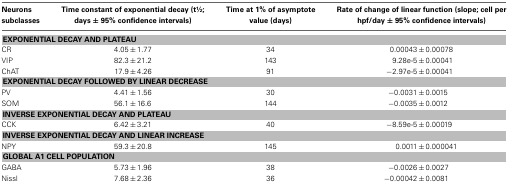
| Neurons subclasses | Time constant of exponential decay (t1⁄2; days ± 95% confidence intervals) | Time at 1% of asymptote value (days) | Rate of change of linear function (slope; cell per hpf/day ± 95% confidence intervals) |
 | --- | --- | --- | --- |
 | <COLSPAN=4> EXPONENTIAL DECAY AND PLATEAU |
 | CR | 4.05 ± 1.77 | 34 | 0.00043 ± 0.00078 |
 | VIP | 82.3 ± 21.2 | 143 | 9.28e-5 ± 0.00041 |
 | ChAT | 17.9 ± 4.26 | 91 | −2.97e-5 ± 0.00041 |
 | <COLSPAN=4> EXPONENTIAL DECAY FOLLOWED BY LINEAR DECREASE |
 | PV | 4.41 ± 1.56 | 30 | −0.0031 ± 0.0015 |
 | SOM | 56.1 ± 16.6 | 144 | −0.0035 ± 0.0012 |
 | <COLSPAN=4> INVERSE EXPONENTIAL DECAY AND PLATEAU |
 | CCK | 6.42 ± 3.21 | 40 | −8.59e-5 ± 0.00019 |
 | <COLSPAN=4> INVERSE EXPONENTIAL DECAY AND LINEAR INCREASE |
 | NPY | 59.3 ± 20.8 | 145 | 0.0011 ± 0.000041 |
 | <COLSPAN=4> GLOBAL A1 CELL POPULATION |
 | GABA | 5.73 ± 1.96 | 38 | −0.0026 ± 0.0027 |
 | Nissl | 7.68 ± 2.36 | 36 | −0.00042 ± 0.0081 |